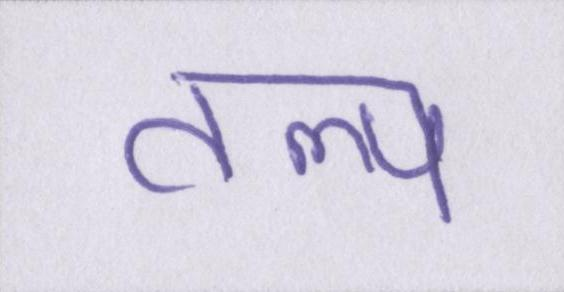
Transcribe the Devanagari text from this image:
तल्प